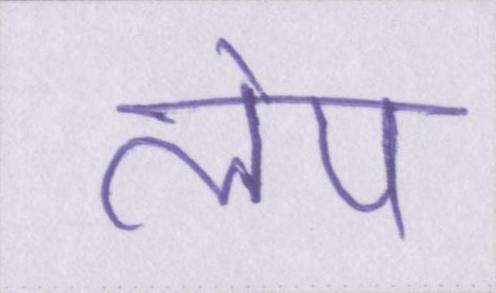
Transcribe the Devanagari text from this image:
लेप